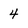
Character: 4